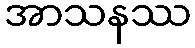
အာသနဿ